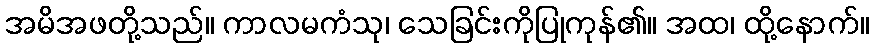
အမိအဖတို့သည်။ ကာလမကံသု၊ သေခြင်းကိုပြုကုန်၏။ အထ၊ ထို့နောက်။